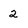
Character: 2